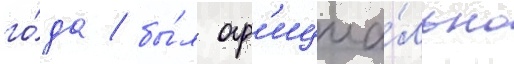
го́да / бы́л оф'ициа́льно